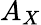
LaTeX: A_{X}